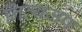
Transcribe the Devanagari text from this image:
नित्यजप